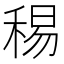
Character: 𥟘